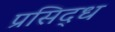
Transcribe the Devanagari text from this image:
प्रसिद्‍ध